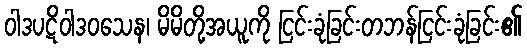
ဝါဒပဋိဝါဒဝသေန၊ မိမိတို့အယူကို ငြင်းခုံခြင်းတဘန်ငြင်းခုံခြင်း၏